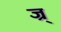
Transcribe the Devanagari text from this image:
ज्र्